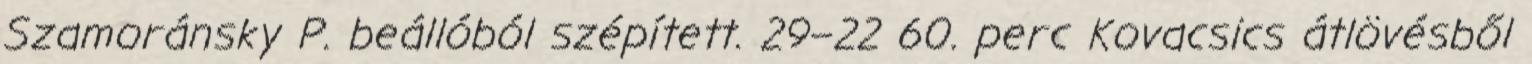
Szamoránsky P. beállóból szépített. 29–22 60. perc Kovacsics átlövésből